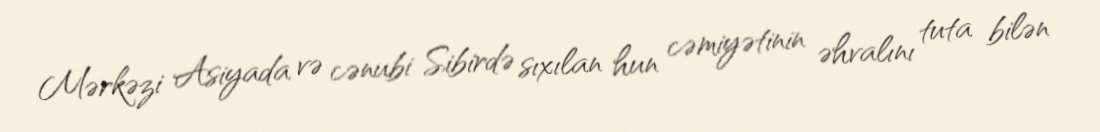
Mərkəzi Asiyada və cənubi Sibirdə sıxılan hun cəmiyətinin əhvalını tuta bilən